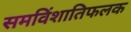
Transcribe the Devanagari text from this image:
समविंशातिफलक